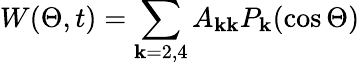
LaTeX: W(\Theta,t)=\sum_{\mathbf{k}=2,4}A_{\mathbf{k}\mathbf{k}}P_{\mathbf{k}}(\cos{\Theta})